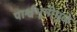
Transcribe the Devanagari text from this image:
पार्श्वभूमीमुळे